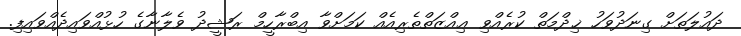
ދައުލަތަށް ގިނަދުވަހު ޚިދްމަތް ކުރެއްވި ޢިއްޒަތްތެރިއެއް ކަމަށްވާ އިބްރާހީމް ރަޝީދު ވެލާނާގެ ހުޅުއްވައިދެއްވައިފި.